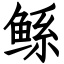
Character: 鲧